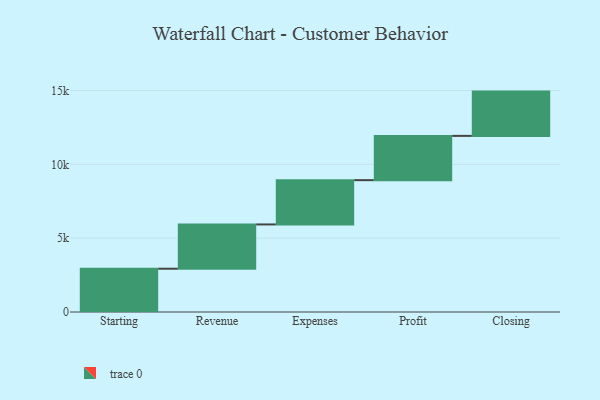
{"axis": {"x": "Step", "y": "Value"}, "legend": [""], "data": [{"x": "Starting", "y": 2932.0, "type": ""}, {"x": "Revenue", "y": 3000, "type": ""}, {"x": "Expenses", "y": 3000, "type": ""}, {"x": "Profit", "y": 3000, "type": ""}, {"x": "Closing", "y": 3000, "type": ""}]}